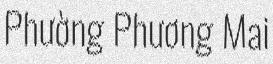
Phường Phương Mai